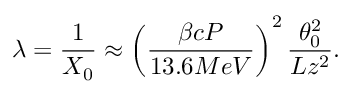
\lambda = \frac { 1 } { X _ { 0 } } \approx \left( \frac { \beta c P } { 1 3 . 6 M e V } \right) ^ { 2 } \frac { \theta _ { 0 } ^ { 2 } } { L z ^ { 2 } } .